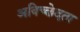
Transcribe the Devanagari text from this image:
अविच्छेदता